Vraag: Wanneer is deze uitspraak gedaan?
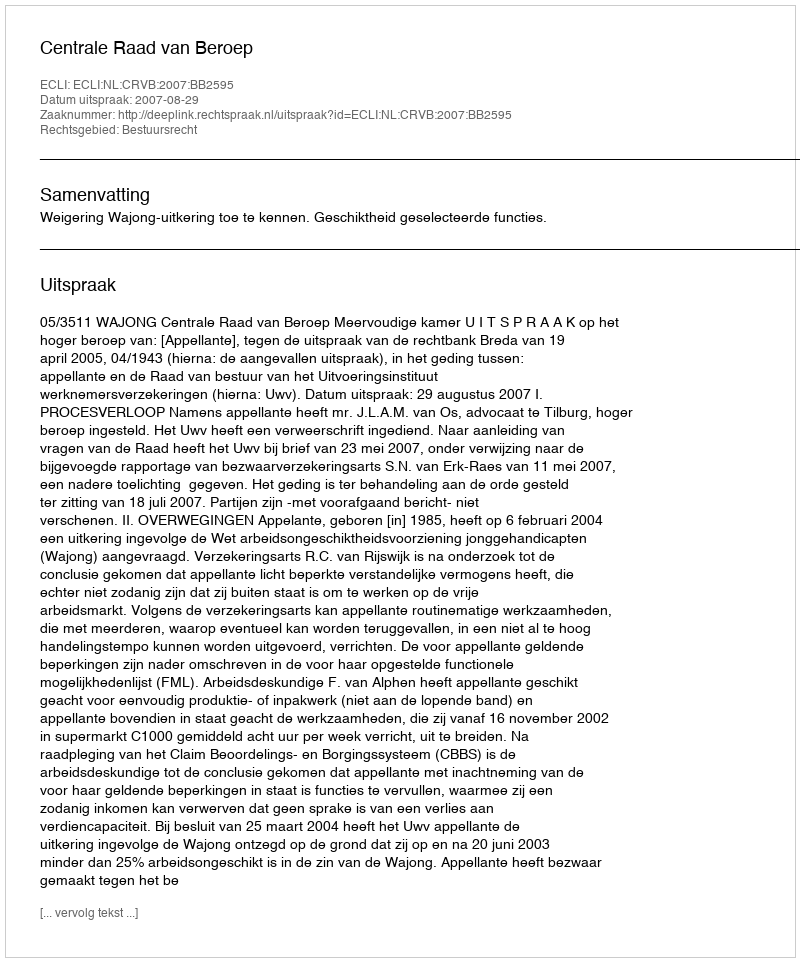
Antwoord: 2007-08-29